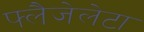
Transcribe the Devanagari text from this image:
फ्लैजेलेटा